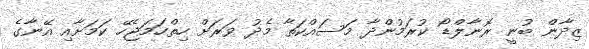
ޒިދާން ބުނީ ރޮނާލްޑޯ ކުރަމުންދާ މަސައްކަތާ މެދު ވަރަށް ހިތްހަމަޖެހޭ ކަމަށާއި އޭނާގެ